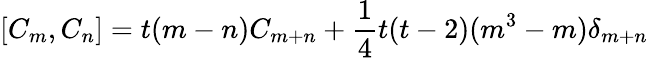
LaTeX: [C_{m},C_{n}]=t(m-n)C_{m+n}+\frac{1}{4}t(t-2)(m^{3}-m)\delta_{m+n}